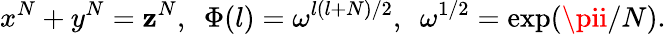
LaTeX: x^{N}+y^{N}=\mathbf{z}^{N},~~\Phi(l)=\omega^{l(l+N)/2},~~\omega^{1/2}=\exp(\pii/N).